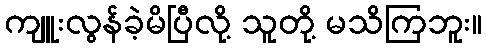
ကျူးလွန်ခဲ့မိပြီလို့ သူတို့ မသိကြဘူး။